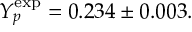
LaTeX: Y _ { p } ^ { \mathrm { e x p } } = 0 . 2 3 4 \pm 0 . 0 0 3 .